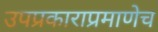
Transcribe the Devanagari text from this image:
उपप्रकाराप्रमाणेच